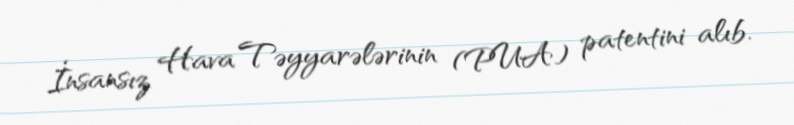
İnsansız Hava Təyyarələrinin (PUA) patentini alıb.